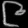
Digit: ၉